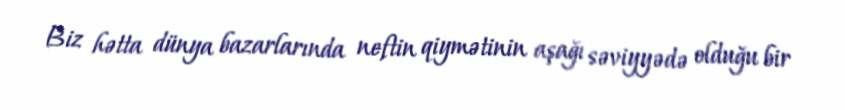
Biz hətta dünya bazarlarında neftin qiymətinin aşağı səviyyədə olduğu bir